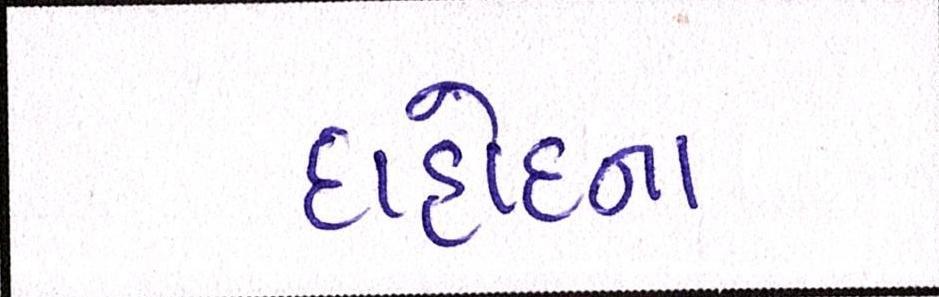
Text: દાહોદના